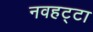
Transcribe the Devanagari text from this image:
नवहट्टा